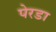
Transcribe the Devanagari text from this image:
पेरडा